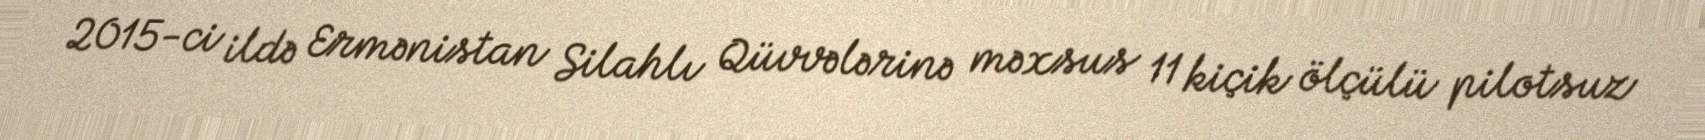
2015-ci ildə Ermənistan Silahlı Qüvvələrinə məxsus 11 kiçik ölçülü pilotsuz